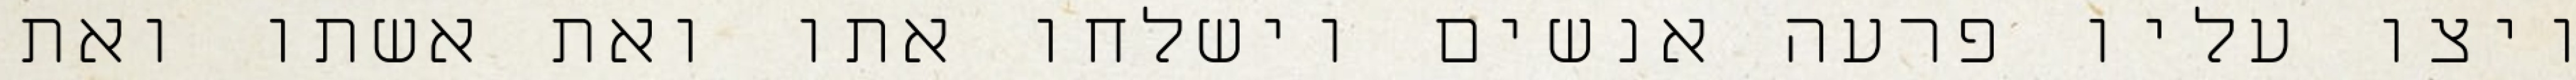
ויצו עליו פרעה אנשים וישלחו אתו ואת אשתו ואת